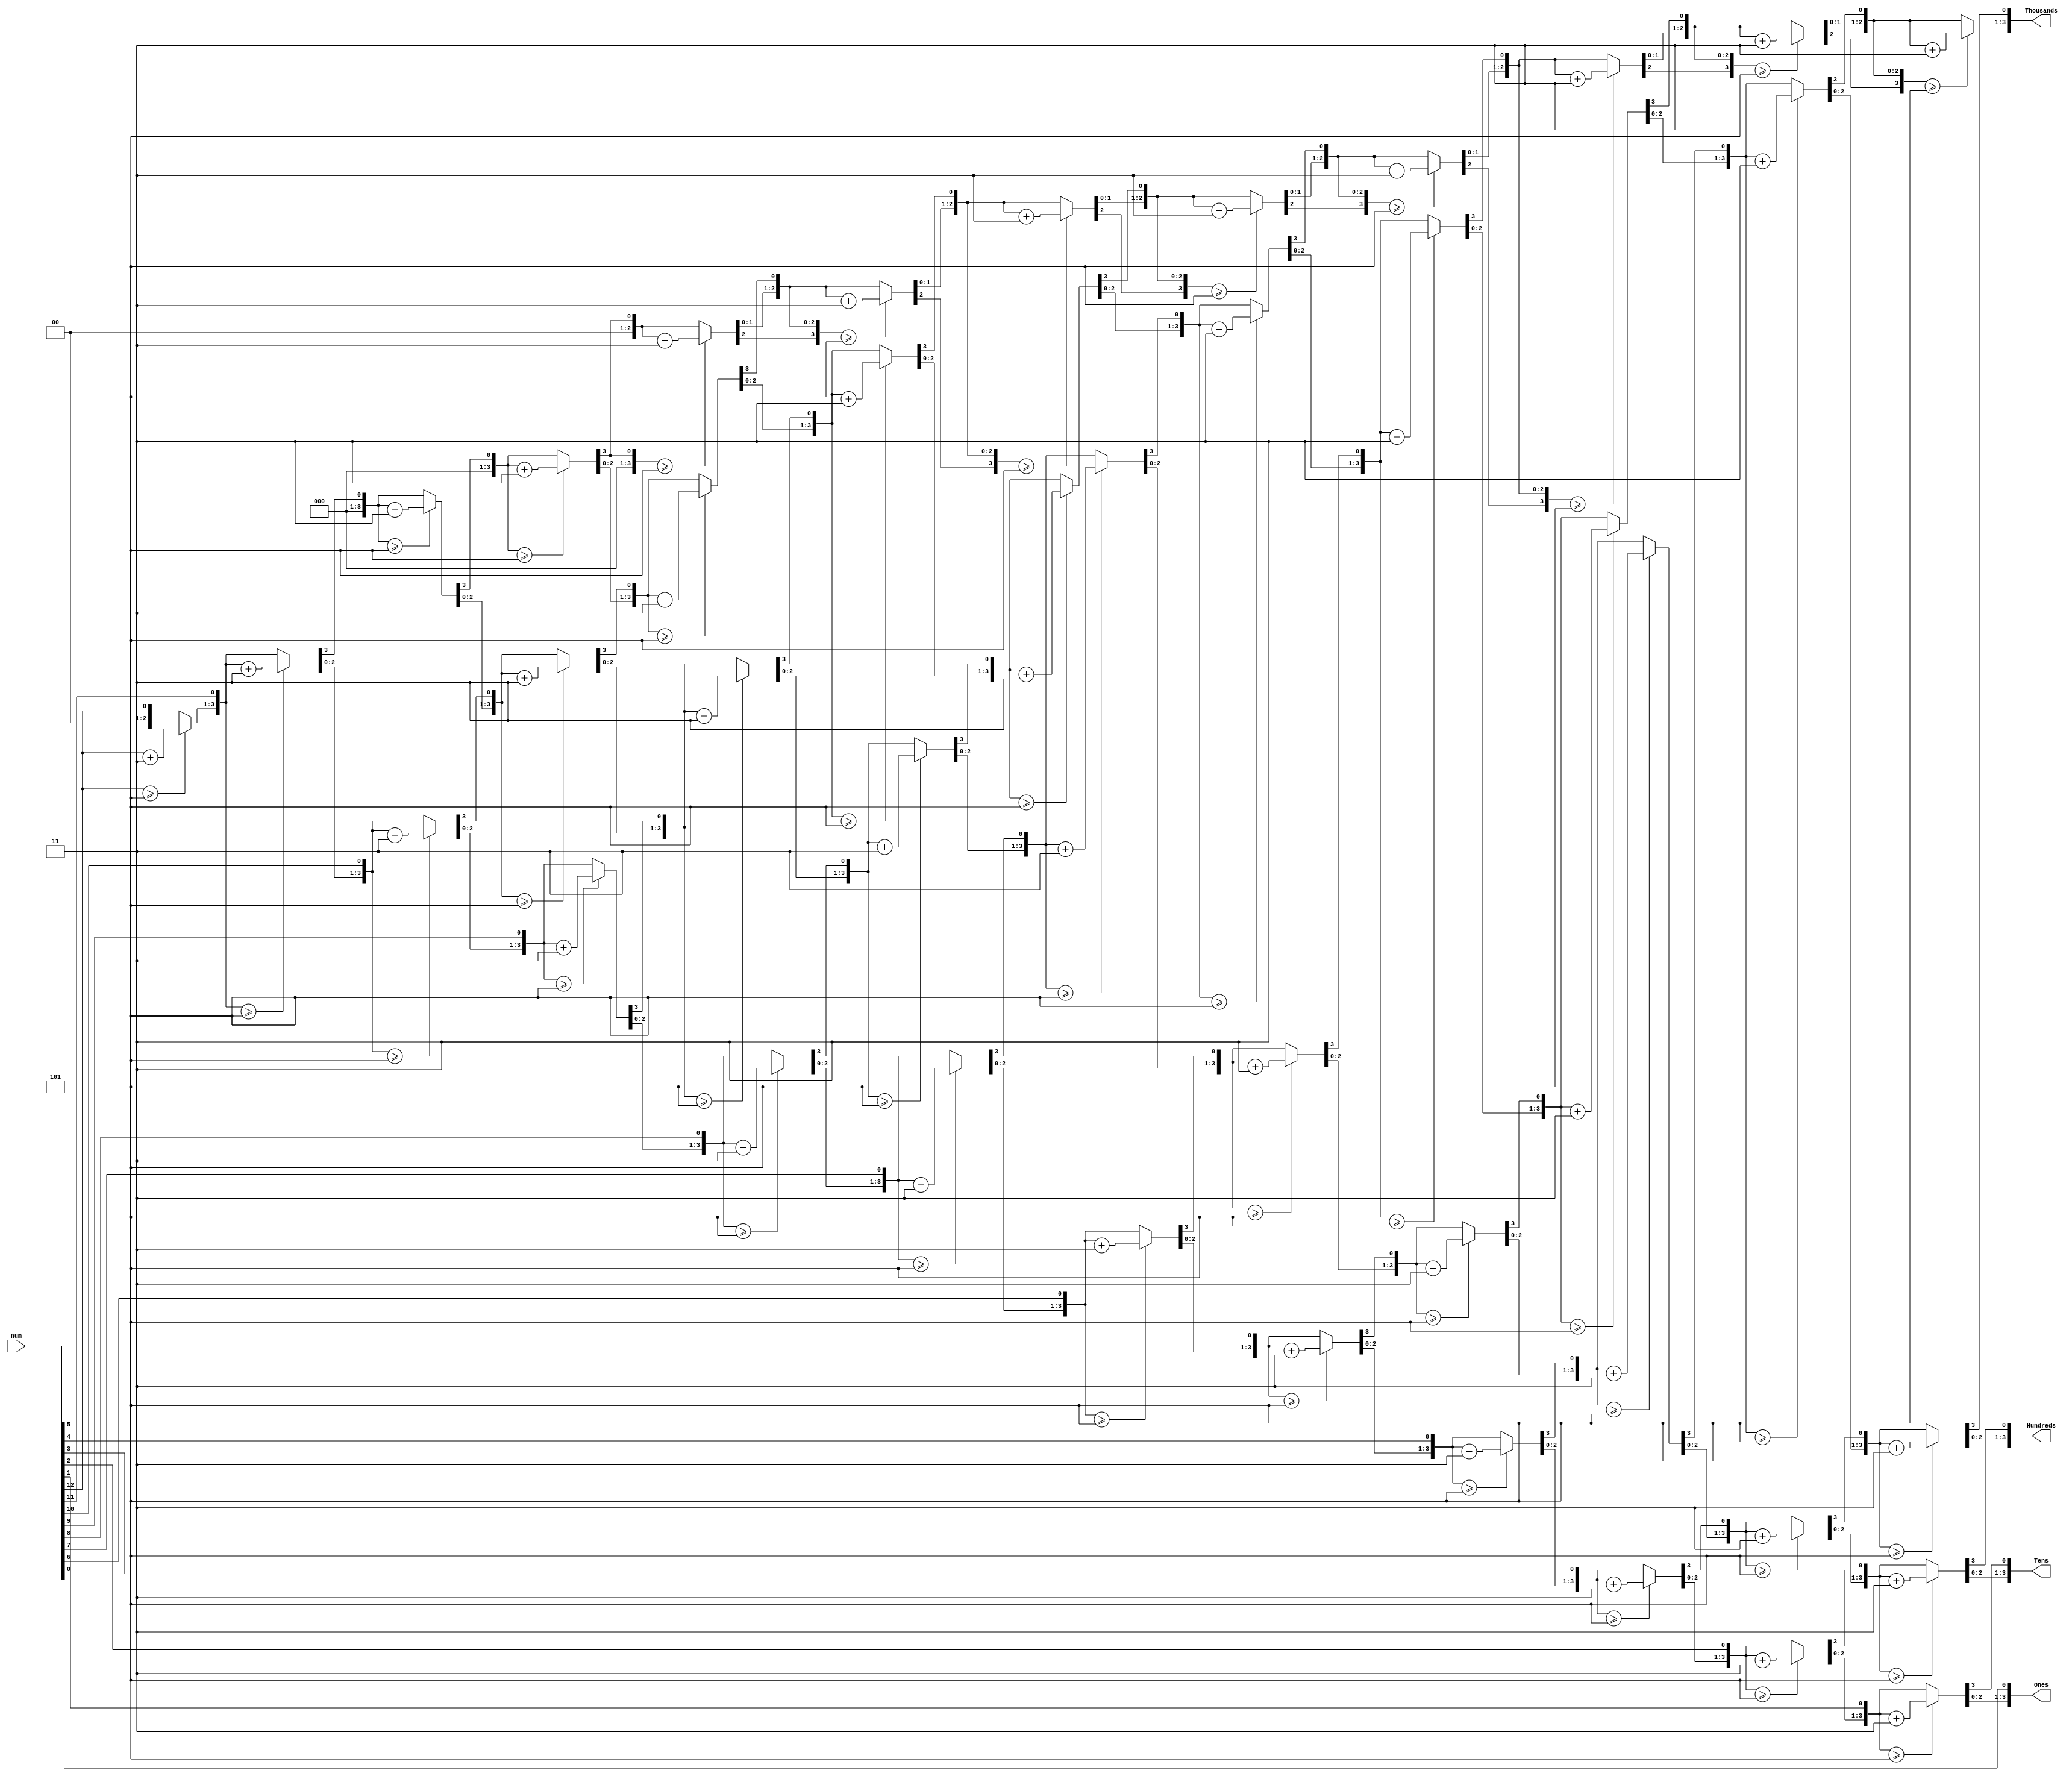
module bcd(
input [12:0] num,
output reg [3:0] Thousands,
output reg [3:0] Hundreds,
output reg [3:0] Tens,
output reg [3:0] Ones

);
integer i;
always @(num)
begin
//initialization
Thousands=4'd0;
Hundreds = 4'd0;
Tens = 4'd0;
Ones = 4'd0;

for (i = 12; i >= 0 ; i = i-1 )
begin
if(Thousands >= 5)
Thousands = Thousands + 3;
if(Hundreds >= 5 )
Hundreds = Hundreds + 3;
if (Tens >= 5 )
Tens = Tens + 3;
if (Ones >= 5)
Ones = Ones +3;
//shift left one
Thousands = Thousands << 1;
Thousands [0] = Hundreds [3];
Hundreds = Hundreds << 1;
Hundreds [0] = Tens [3];
Tens = Tens << 1;
Tens [0] = Ones[3];
Ones = Ones << 1;
Ones[0] = num[i];
end
end
endmodule